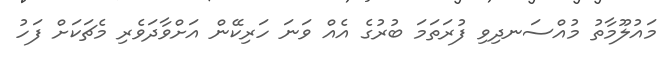
މައުލޫމާތު މުއްސަނދިވި ފުރަތަމަ ބުރުގެ އެއް ވަނަ ހަރިކޭން އަށްވާދަވެރި މެޗަކަށް ފަހު